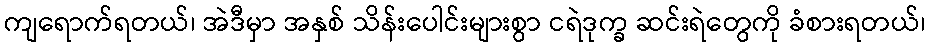
ကျရောက်ရတယ်၊ အဲဒီမှာ အနှစ် သိန်းပေါင်းများစွာ ငရဲဒုက္ခ ဆင်းရဲတွေကို ခံစားရတယ်၊